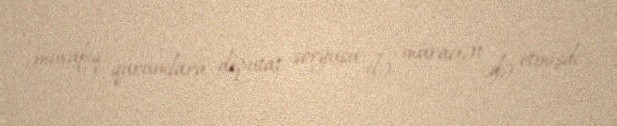
müvafiq qurumlara deputat sorğusu ilə müraciət də etmişdi.